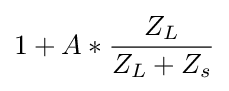
1+A*{\frac {Z_{L}}{Z_{L}+Z_{s}}}